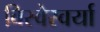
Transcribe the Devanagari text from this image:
विस्वेस्वर्या